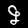
Label: 9